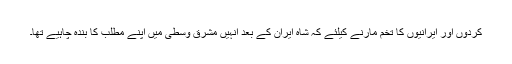
کردوں اور ایرانیوں کا تخم مارنے کیلئے کہ شاہ ایران کے بعد انہیں مشرق وسطیٰ میں اپنے مطلب کا بندہ چاہیے تھا۔